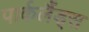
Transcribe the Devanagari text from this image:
पार्कलैंड्स